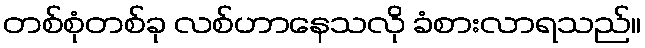
တစ်စုံတစ်ခု လစ်ဟာနေသလို ခံစားလာရသည်။